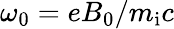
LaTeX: \omega_{0}=eB_{0}/m_{\mathrm{i}}c